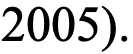
2005).